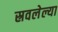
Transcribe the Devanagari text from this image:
स्रवलेल्या